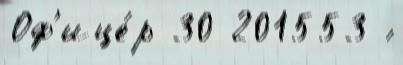
Оф'ице́р 30 201553 ́